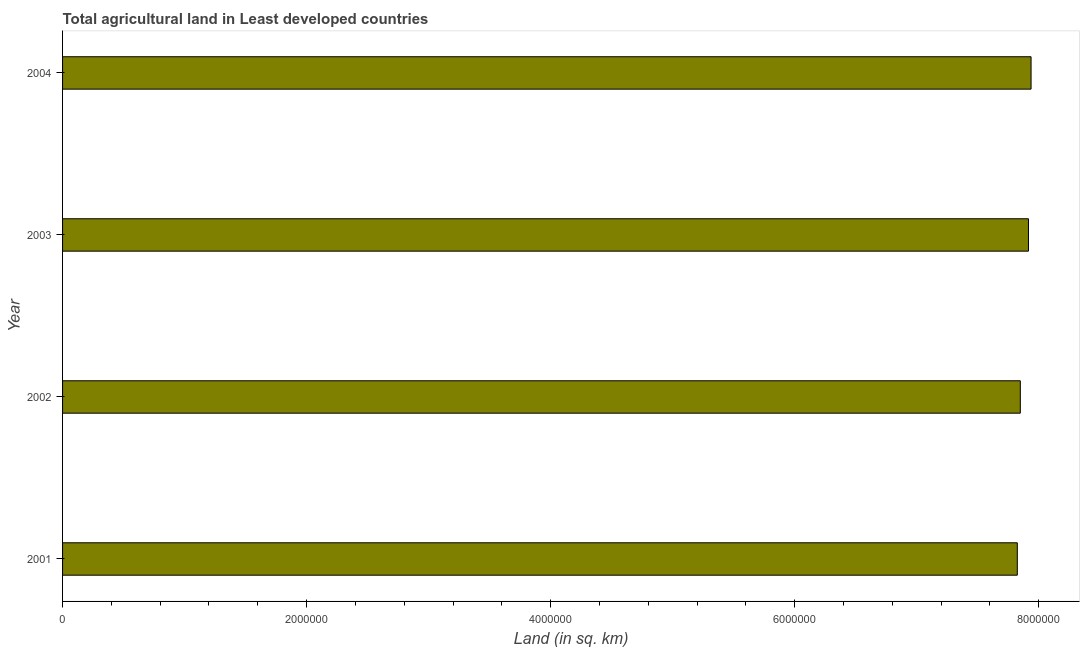
| Year | Agricultural land (sq. km) |
 | --- | --- |
 | 2001 | 7.83e+06 |
 | 2002 | 7.85e+06 |
 | 2003 | 7.92e+06 |
 | 2004 | 7.94e+06 |